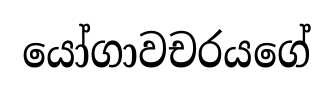
යෝගාවචරයගේ